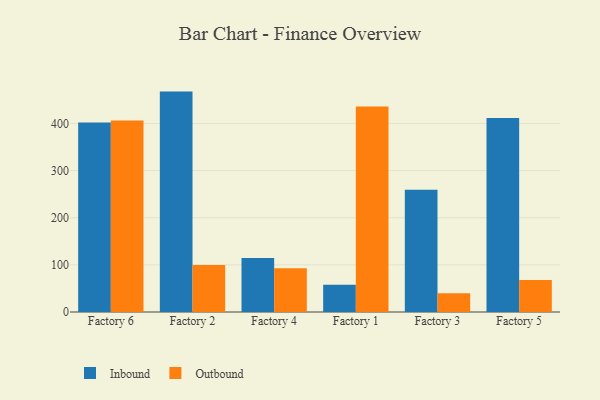
{"axis": {"x": "Factory", "y": "Net Income (USD K)"}, "legend": ["Inbound", "Outbound"], "data": [{"x": "Factory 6", "y": 401.7, "type": "Inbound"}, {"x": "Factory 6", "y": 406.2, "type": "Outbound"}, {"x": "Factory 2", "y": 467.5, "type": "Inbound"}, {"x": "Factory 2", "y": 99.9, "type": "Outbound"}, {"x": "Factory 4", "y": 114.5, "type": "Inbound"}, {"x": "Factory 4", "y": 92.9, "type": "Outbound"}, {"x": "Factory 1", "y": 57.8, "type": "Inbound"}, {"x": "Factory 1", "y": 435.8, "type": "Outbound"}, {"x": "Factory 3", "y": 259.2, "type": "Inbound"}, {"x": "Factory 3", "y": 39.6, "type": "Outbound"}, {"x": "Factory 5", "y": 411.5, "type": "Inbound"}, {"x": "Factory 5", "y": 68.1, "type": "Outbound"}]}